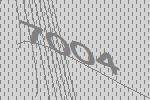
7004